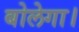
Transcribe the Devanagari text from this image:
बोलेगा।